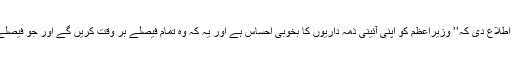
اس ’’خُلع‘‘ کو پورا کرنے کے لیے وزیرِ اطلاعات نے اطلاع دی کہ’’ وزیراعظم کو اپنی آئینی ذمہ داریوں کا بخوبی احساس ہے اور یہ کہ وہ تمام فیصلے بر وقت کریں گے اور جو فیصلے بھی کر یںگے وہ انشاء اللہ قومی مفاد میں ہوں گے‘‘۔